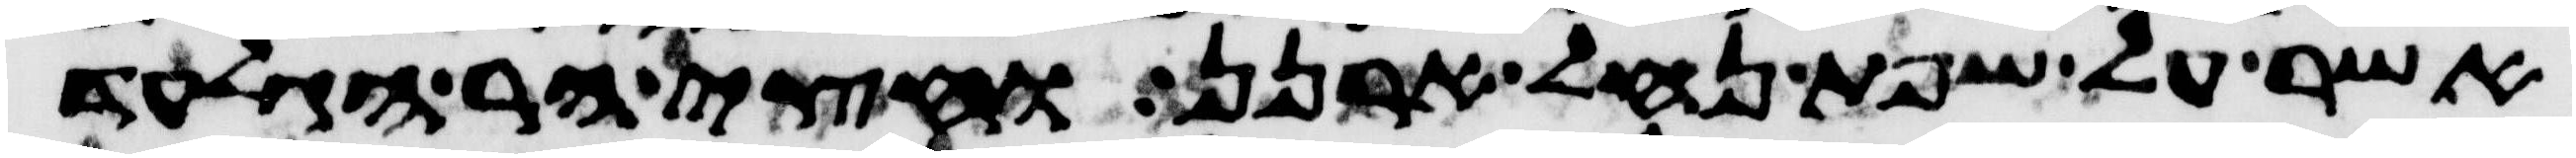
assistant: אשר על שפת נחל ארנן וחצי הר הגלעד